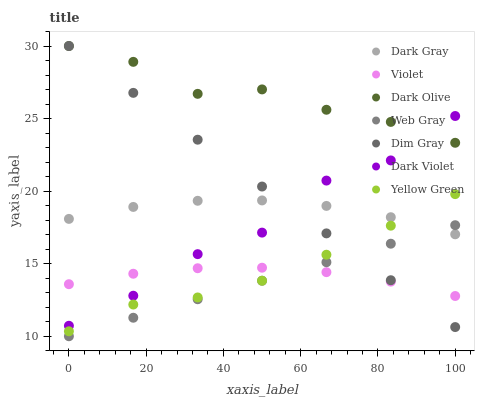
| xaxis_label | Dark Gray | Violet | Dark Olive | Web Gray | Dim Gray | Dark Violet | Yellow Green |
 | --- | --- | --- | --- | --- | --- | --- | --- |
 | 0 | 18.1 | 13.6 | 30 | 10 | 30 | 10.7 | 10.3 |
 | 16.7 | 18.9 | 14.3 | 28.9 | 11.3 | 26.8 | 12.8 | 12.2 |
 | 33.3 | 19.3 | 14.7 | 26.7 | 12.6 | 23.5 | 15.7 | 12.7 |
 | 50 | 19.4 | 14.7 | 27 | 13.8 | 20.3 | 17.1 | 13.8 |
 | 66.7 | 19 | 14.4 | 25.6 | 15.1 | 17.1 | 20.7 | 15.6 |
 | 83.3 | 18.2 | 13.8 | 24.8 | 16.4 | 13.9 | 22.1 | 17.6 |
 | 100 | 17 | 12.8 | 23.3 | 17.7 | 10.6 | 25.2 | 19.8 |